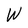
Character: W